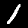
Digit: 1